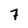
Character: 7